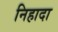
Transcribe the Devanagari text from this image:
निहादा